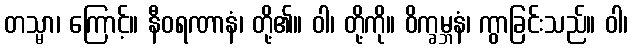
တသ္မာ၊ ကြောင့်။ နီဝရဏာနံ၊ တို့၏။ ဝါ၊ တို့ကို။ ဝိက္ခမ္ဘနံ၊ ကွာခြင်းသည်။ ဝါ၊